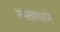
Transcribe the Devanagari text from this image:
जनतापक्षाने